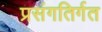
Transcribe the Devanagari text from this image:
प्रसंगतिर्गत